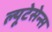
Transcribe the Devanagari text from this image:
ल्यूटेसेन्स